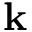
\mathbf { k }